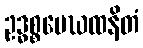
ဥဒ္ဓစ္စမေဃထနိတံ